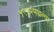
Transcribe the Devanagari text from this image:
१९४२मधल्या